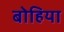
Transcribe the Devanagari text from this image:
बोहिया